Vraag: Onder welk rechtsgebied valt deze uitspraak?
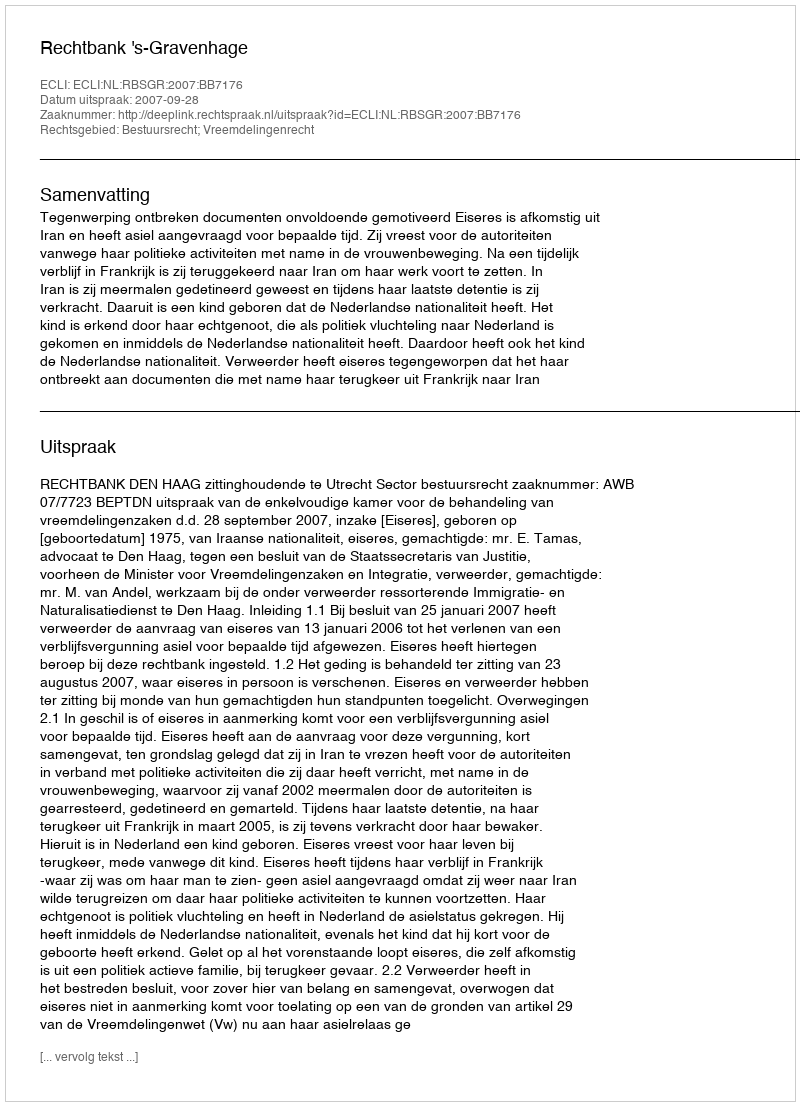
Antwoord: Bestuursrecht; Vreemdelingenrecht